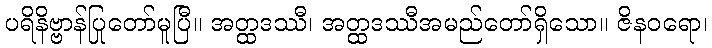
ပရိနိဗ္ဗာန်ပြုတော်မူပြီ။ အတ္ထဒဿီ၊ အတ္ထဒဿီအမည်တော်ရှိသော။ ဇိနဝရော၊